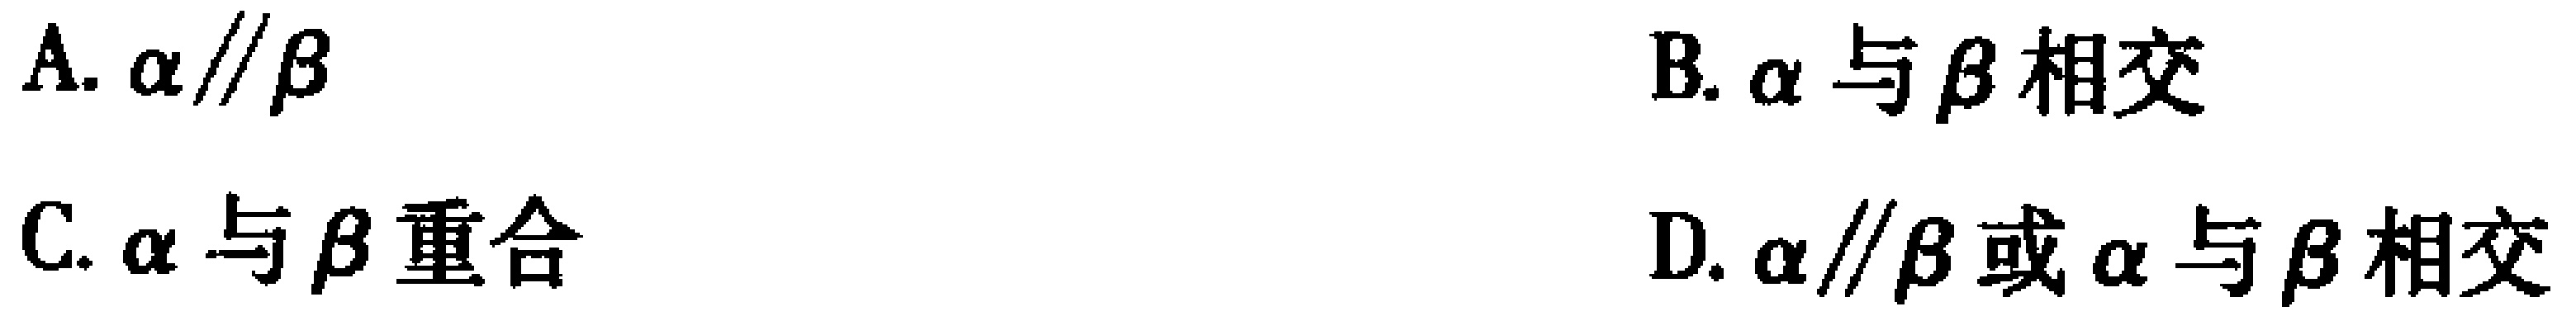
A. $\alpha\parallel\beta$
B. $\alpha$ 与 $\beta$ 相交
C. $\alpha$ 与 $\beta$ 重合
D. $\alpha\parallel\beta$ 或 $\alpha$ 与 $\beta$ 相交